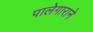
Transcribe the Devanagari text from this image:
पालेगाराने